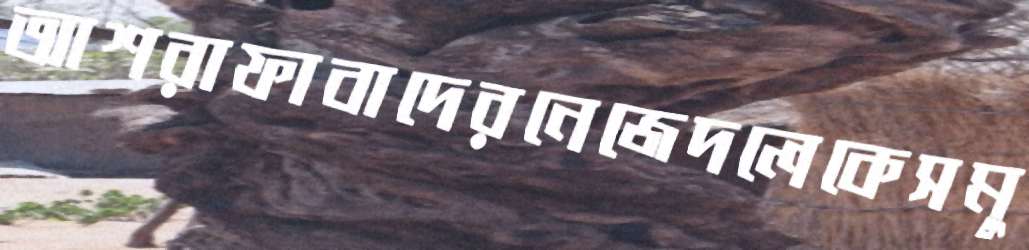
আশরাফাবাদেরনেজেদলেকেসমু